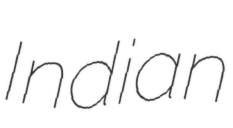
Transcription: Indian